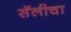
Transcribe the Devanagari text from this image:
सॅलीचा